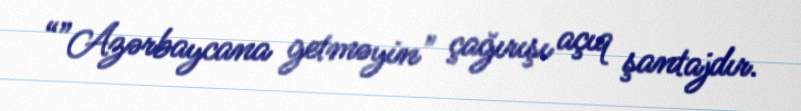
“”Azərbaycana getməyin" çağırışı açıq şantajdır.